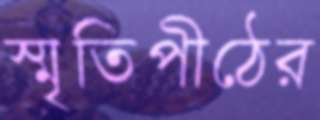
স্মৃতিপীঠের